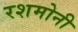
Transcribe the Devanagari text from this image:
रशमोनी